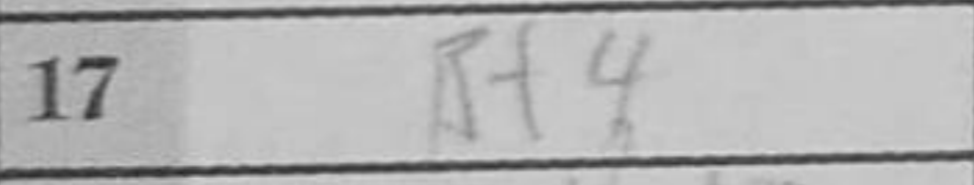
Transcription: Bf4